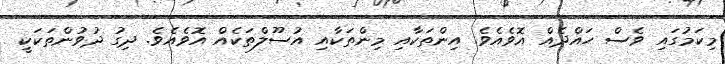
މިކަމުގައި ވެސް ހައްދެއް އޮވެއެވެ. އިންތަކާއި މިންތަކާއި އުސޫލްތަކެއް އޮވެއެވެ. ދިގު ދުވުންތަކަކީ